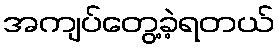
အကျပ်တွေ့ခဲ့ရတယ်